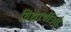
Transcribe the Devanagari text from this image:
विद्यार्थीऔं